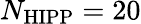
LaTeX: N_{\mathrm{HIPP}}=20